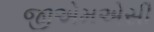
જીએમએસી